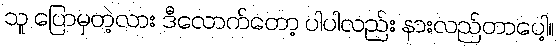
သူ ပြောမှတဲ့လား ဒီလောက်တော့ ပါပါလည်း နားလည်တာပေါ့။